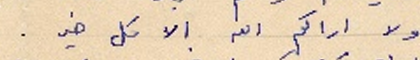
ولا اراكم الله الا كل خير.